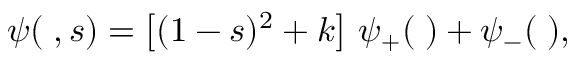
\psi ( \mathbf { \varepsilon } , s ) = \left[ ( 1 - s ) ^ { 2 } + k \right] \, \psi _ { + } ( \mathbf { \varepsilon } ) + \psi _ { - } ( \mathbf { \varepsilon } ) ,